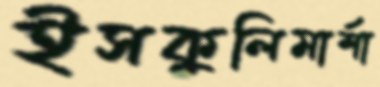
ইসকুলিমার্শা